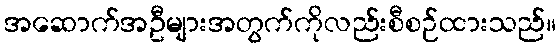
အဆောက်အဦများအတွက်ကိုလည်းစီစဉ်ထားသည်။